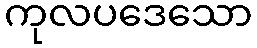
ကုလပဒေသော